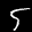
Label: 5